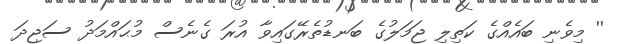
'' މިވެނި ބައެއްގެ ކަތިލި ޖަމަލުގެ ބަނޑުތެރޭގައިވާ އުރަ ގެނެސް މުޙައްމަދު ސަޖިދަ